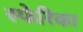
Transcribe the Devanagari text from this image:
स्फेरिका